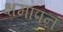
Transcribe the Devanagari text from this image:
क्षमापनं